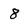
Character: 8